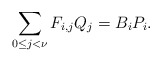
\begin{align*} \sum_{0 \le j <\nu} F_{i,j} Q_j = B_i P_i.\end{align*}